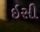
ઇસી